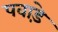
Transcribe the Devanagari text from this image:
पवाड़े